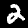
Label: 2